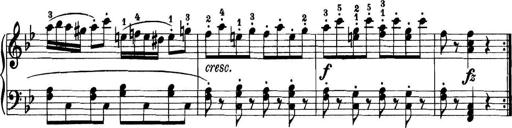
Title: 11 Sonatinas
Composer: Anton Diabelli